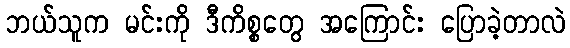
ဘယ်သူက မင်းကို ဒီကိစ္စတွေ အကြောင်း ပြောခဲ့တာလဲ